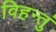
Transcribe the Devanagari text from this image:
विहन्तुं